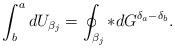
LaTeX: \begin{align*} \int_b^a dU_{\beta_j}=\oint_{\beta_j} *dG^{\delta_a-\delta_b}.\end{align*}